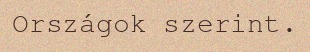
Országok szerint.